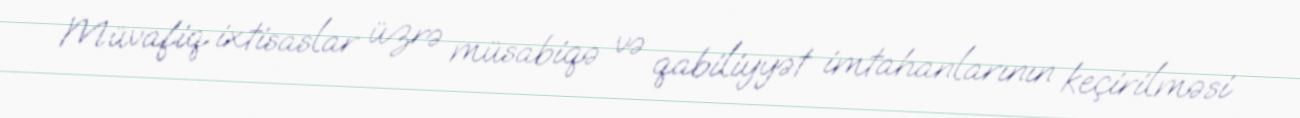
Müvafiq ixtisaslar üzrə müsabiqə və qabiliyyət imtahanlarının keçirilməsi